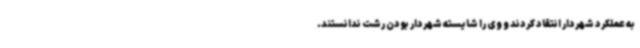
به عملکرد شهردار انتقاد کردند و وی را شایسته شهردار بودن رشت ندانستند.